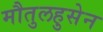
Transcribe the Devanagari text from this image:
मौतुलहुसेन